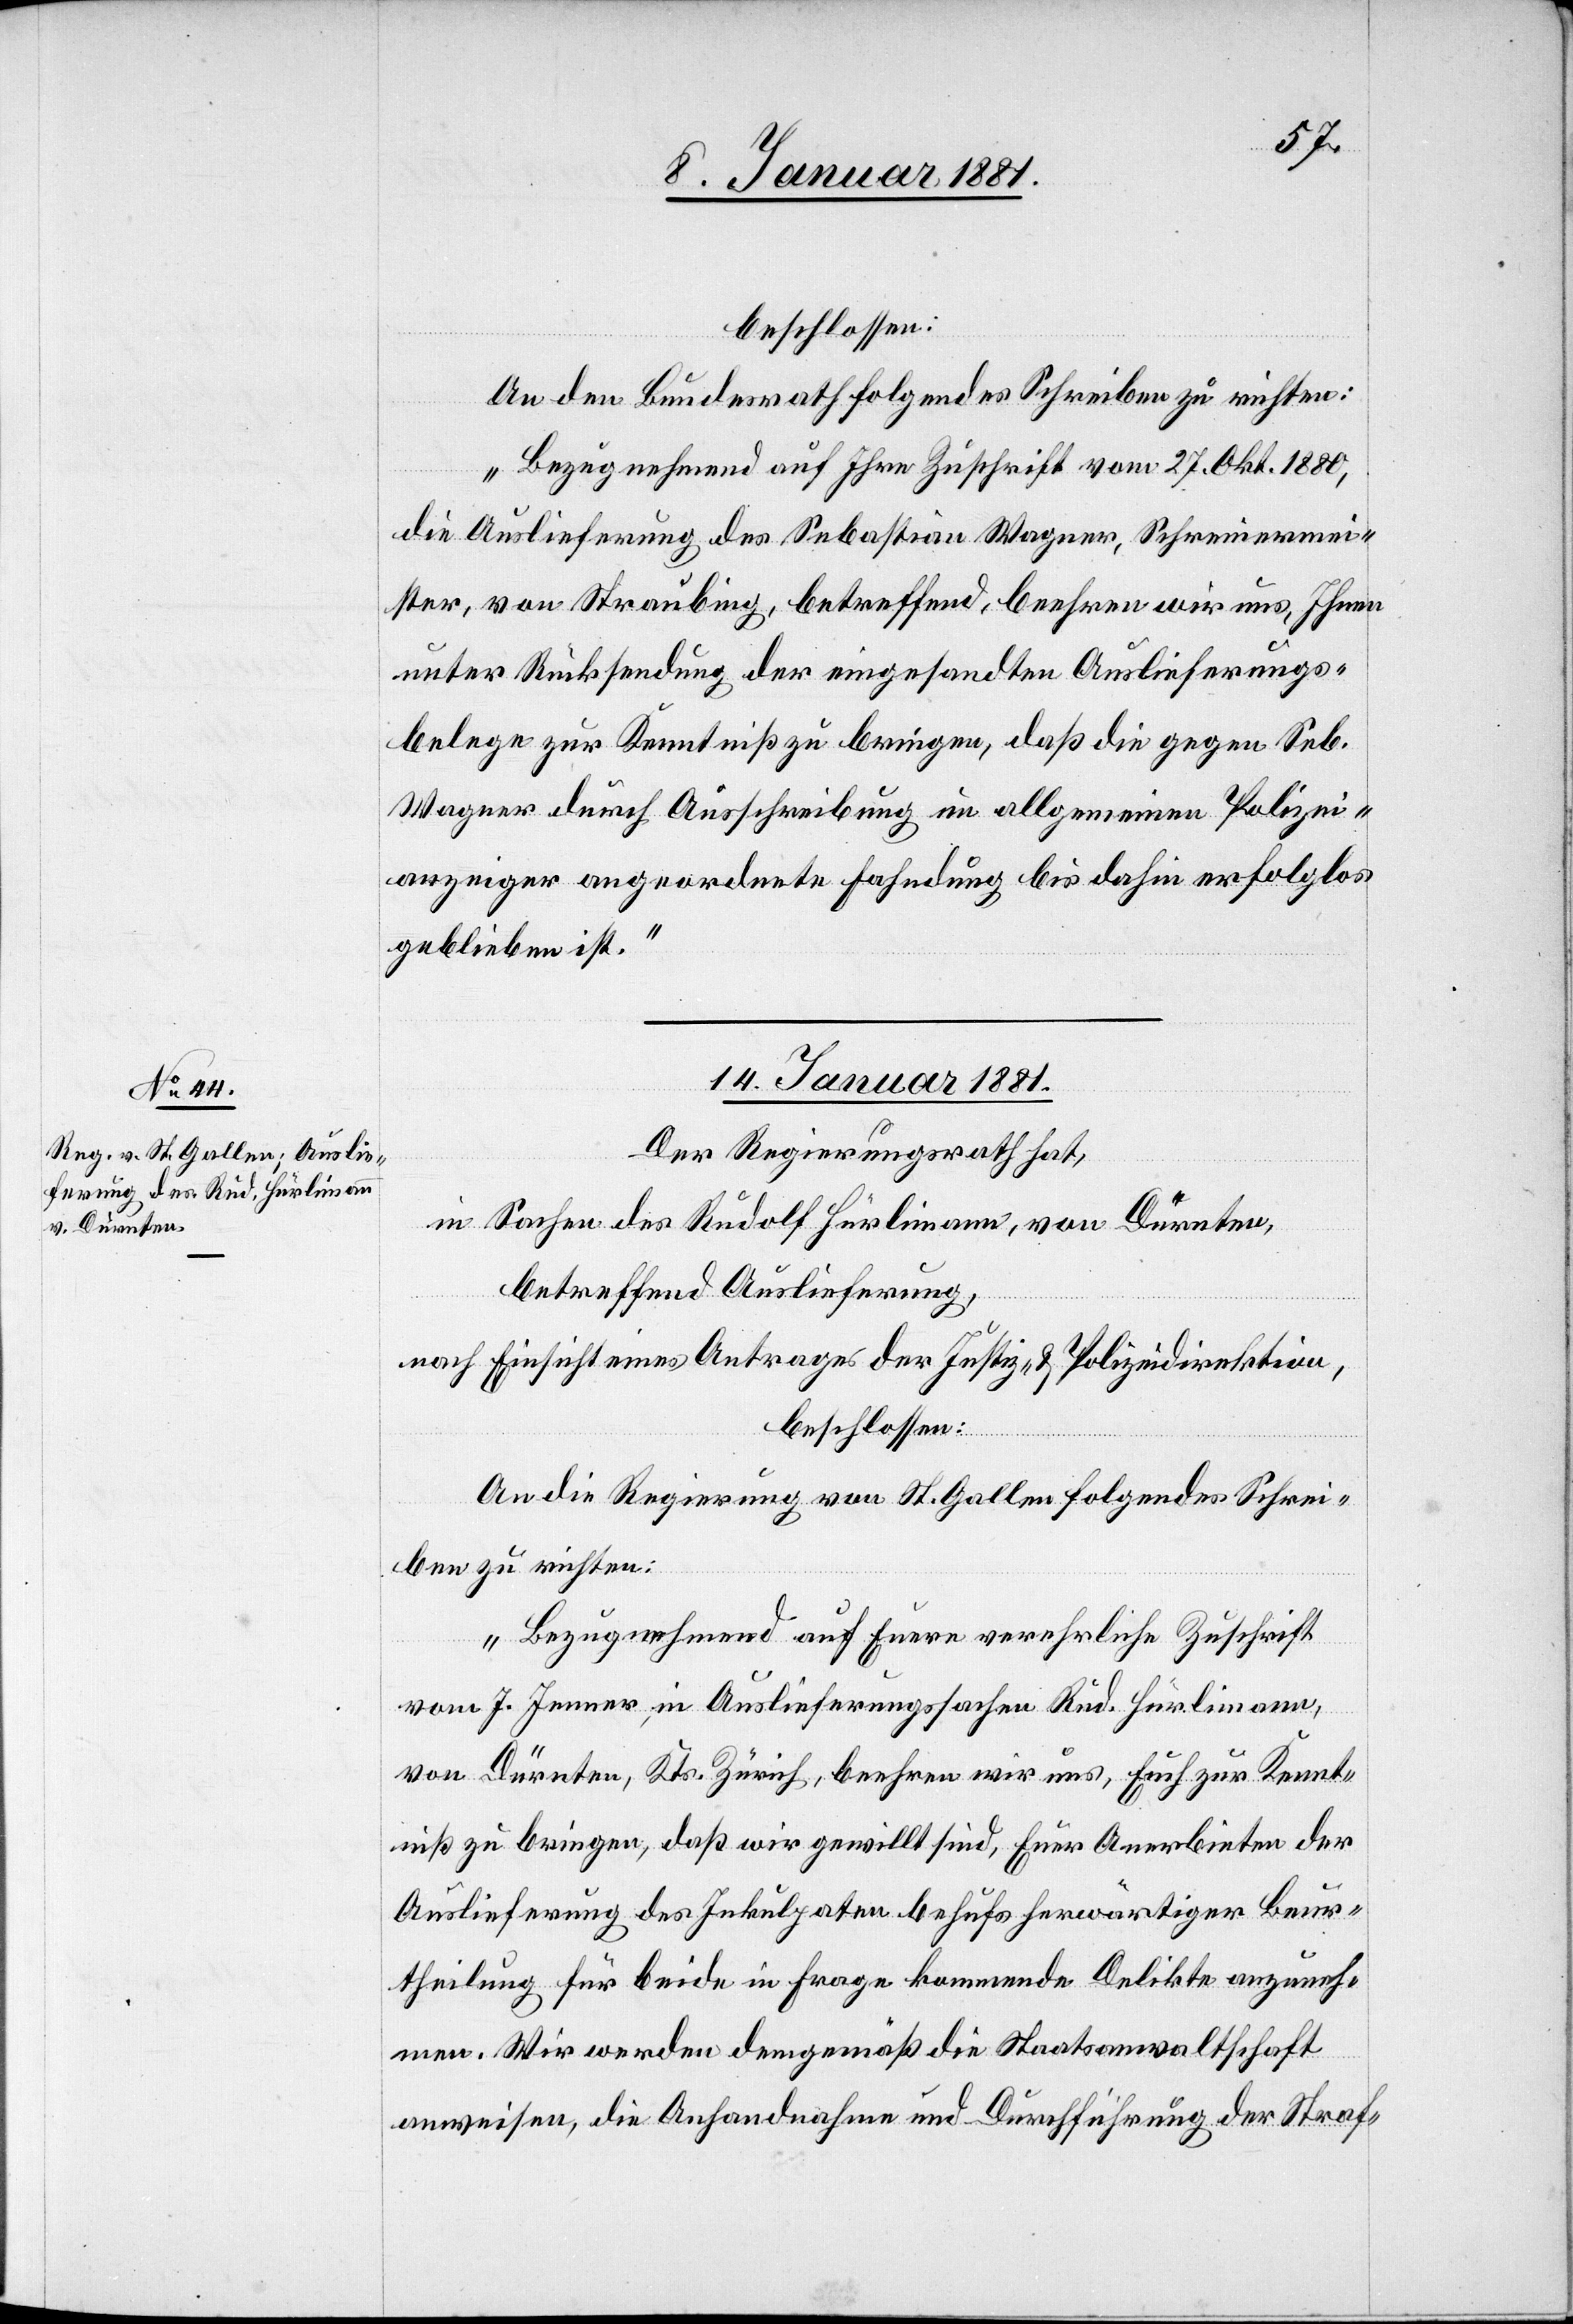
beschlossen:
An den Bundesrath folgendes Schreiben zu richten:
„Bezugnehmend auf Ihre Zuschrift vom 27. Okt. 1880,
die Auslieferung des Sebastian Wagner, Schreinermei¬
ster, von Straubing, betreffend, beehren wir uns, Ihnen
unter Rücksendung der eingesandten Auslieferungs¬
belege zur Kenntniß zu bringen, daß die gegen Seb.
Wagner durch Ausschreibung im allgemeinen Polizei¬
anzeiger angeordnete Fahndung bis dahin erfolglos
geblieben ist.“
14. Januar 1881.
Der Regierungsrath hat,
in Sachen des Rudolf Hürlimann, von Dürnten,
betreffend Auslieferung,
nach Einsicht eines Antrages der Justiz- und Polizeidirektion,
beschlossen:
An die Regierung von St. Gallen folgendes Schrei¬
ben zu richten:
„Bezugnehmend auf Euere verehrliche Zuschrift
vom 7. Jenner, in Auslieferungssachen Rud. Hürlimann,
von Dürnten, Kts. Zürich, beehren wir uns, Euch zur Kennt¬
niß zu bringen, daß wir gewillt sind, Euer Anerbieten der
Auslieferung des Inkulpaten behufs herwärtiger Beur¬
theilung für beide in Frage kommende Delikte anzuneh¬
men. Wir werden demgemäß die Staatsanwaltschaft
anweisen, die Anhandnahme und Durchführung der Straf-